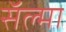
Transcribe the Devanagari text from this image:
सॅल्मा